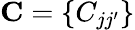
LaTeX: \mathbf{C}=\{ C_{jj^{\prime}}\}